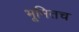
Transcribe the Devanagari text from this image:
भूमितच